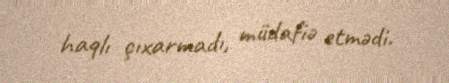
haqlı çıxarmadı, müdafiə etmədi.